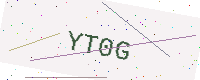
Text: YT0G